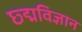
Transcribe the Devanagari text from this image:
छ्द्मविज्ञान